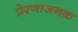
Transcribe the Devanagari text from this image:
प्रेरणाजनक